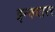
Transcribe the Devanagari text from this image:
इन्क्यारर